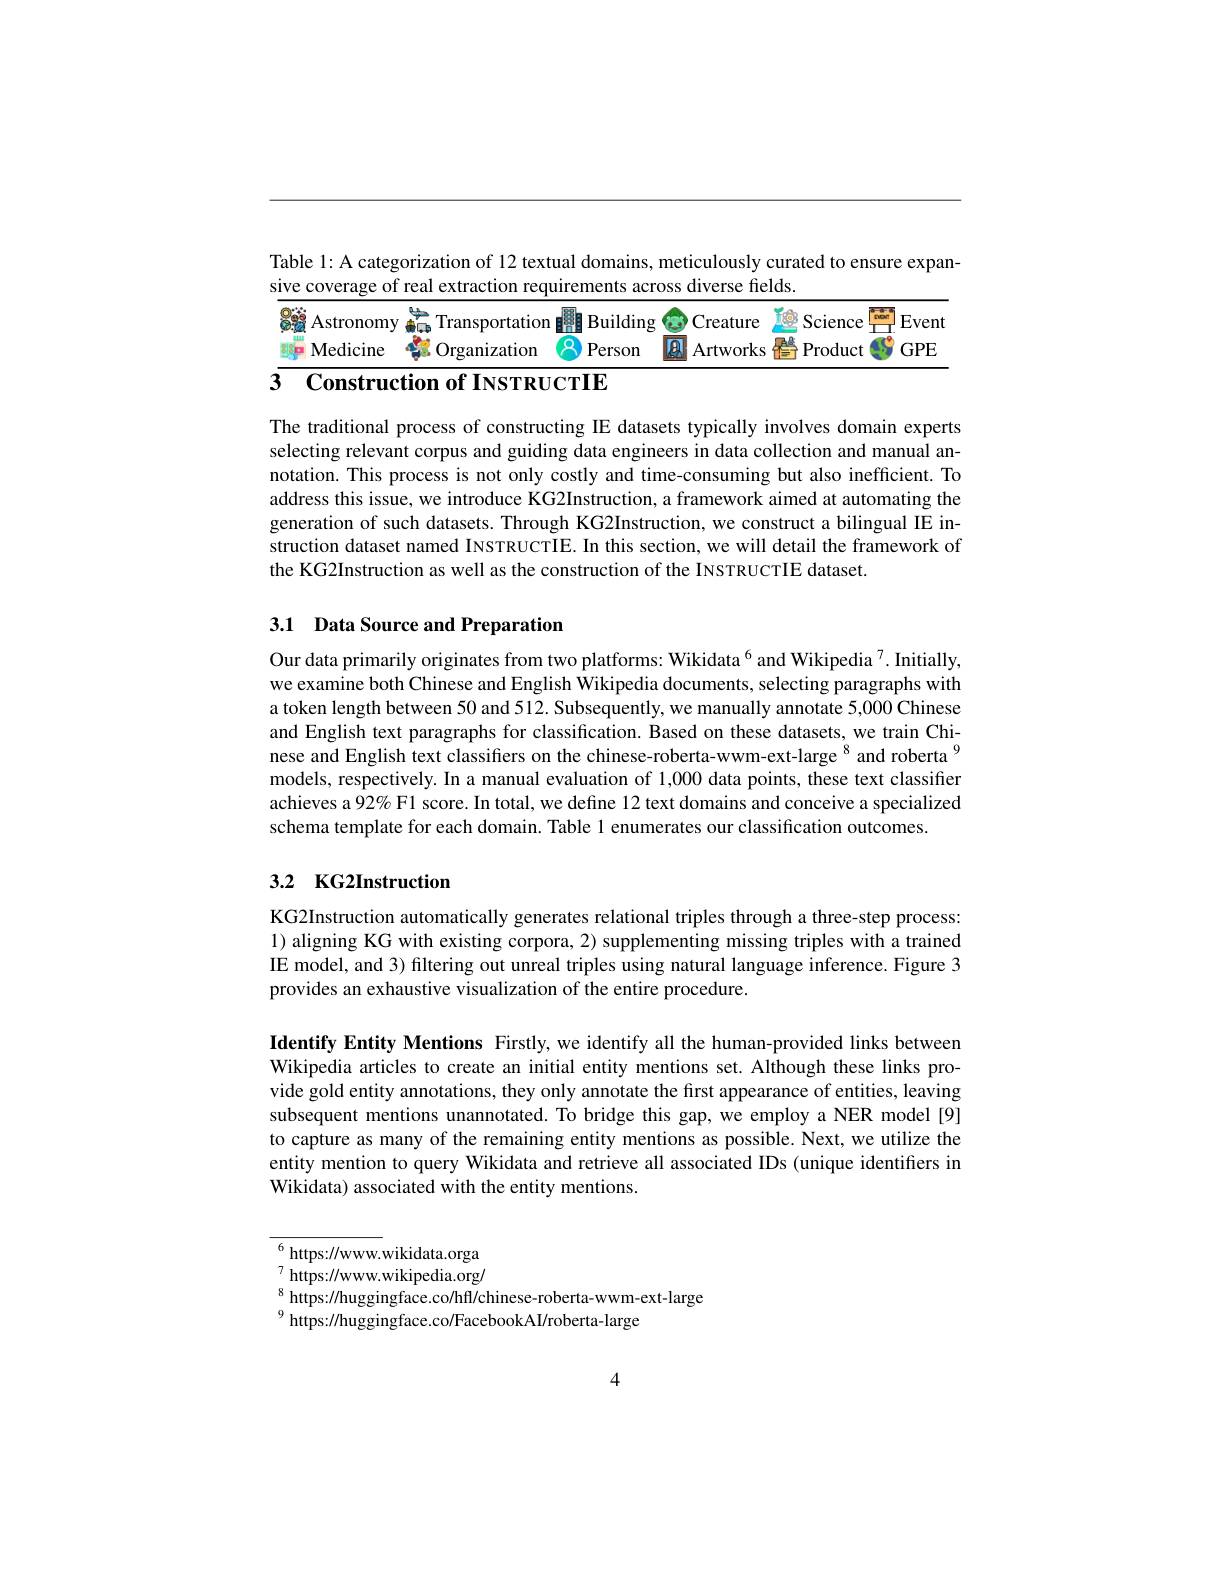
Table l: A categorization of 12 textual domains, meticulously curated to ensure expan-
sive coverage of real extraction requirements across diverse fields.

<table>
	<tbody>
		<tr>
			<td>Astronomy Transportation 日然自 Building</td>
			<td>reature Science TON Event</td>
		</tr>
		<tr>
			<td>Medicine Person Organization</td>
			<td>rtworks Product $GPE$</td>
		</tr>
	</tbody>
</table>

The traditional process of constructing IE datasets typically involves domain experts selecting relevant corpus and guiding data engineers in data collection and manual annotation. This process is not only costly and time-consuming but also inefficient. To address this issue, we introduce KG2Instruction, a framework aimed at automating the generation of such datasets. Through KG2Instruction, we construct a bilingual IE instruction dataset named INSTRUCTIE. In this section, we will detail the framework of the KG2Instruction as well as the construction of the INSTRUCTIE dataset.

## 3.1 Data Source and Preparation

Our data primarily originates from two platforms: Wikidata$^{6}$ and Wikipedia $^{7}.$ Initially, we examine both Chinese and English Wikipedia documents, selecting paragraphs with a token length between 50 and 512. Subsequently, we manually annotate 5,000 Chinese and English text paragraphs for classification. Based on these datasets, we train Chinese and English text classifiers on the chinese-roberta-wwm-ext-large $^{8}$ and roberta $^{9}$ models, respectively. In a manual evaluation of 1,000 data points, these text classifier achieves a 92% F1 score. In total, we define 12 text domains and conceive a specialized schema template for each domain. Table 1 enumerates our classification outcomes.

# 3.2 KG2Instruction

KG2Instruction automatically generates relational triples through a three-step process: 1) aligning KG with existing corpora, 2) supplementing missing triples with a trained IE model, and 3) filtering out unreal triples using natural language inference. Figure 3 provides an exhaustive visualization of the entire procedure.

Identify Entity Mentions Firstly, we identify all the human-provided links between Wikipedia articles to create an initial entity mentions set. Although these links provide gold entity annotations, they only annotate the first appearance of entities, leaving subsequent mentions unannotated. To bridge this gap, we employ a NER model [9] to capture as many of the remaining entity mentions as possible. Next, we utilize the entity mention to query Wikidata and retrieve all associated IDs (unique identifiers in Wikidata) associated with the entity mentions.

$^{6}$https://www.wikidata.orga $^7$ https://www.wikipedia.org/ $_{0}^{8}$ https://huggingface.co/hfl/chinese-roberta-wwm-ext-large
$^{9}$ https://huggingface.co/FacebookAI/roberta-large

4